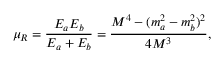
\mu _ { R } = \frac { E _ { a } E _ { b } } { E _ { a } + E _ { b } } = \frac { M ^ { 4 } - ( m _ { a } ^ { 2 } - m _ { b } ^ { 2 } ) ^ { 2 } } { 4 M ^ { 3 } } ,